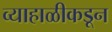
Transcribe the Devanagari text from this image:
व्याहाळीकडून